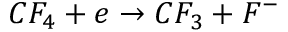
C F _ { 4 } + e \rightarrow C F _ { 3 } + F ^ { - }